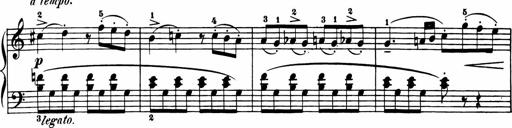
Title: 11 Sonatinas for Piano Solo
Composer: Anton Diabelli